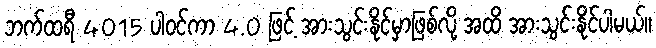
ဘက်ထရီ 4015 ပါဝင်ကာ 4.0 ဖြင့် အားသွင်းနိုင်မှာဖြစ်လို့ အထိ အားသွင်းနိုင်ပါမယ်။